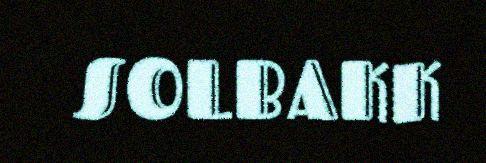
SOLBAKK